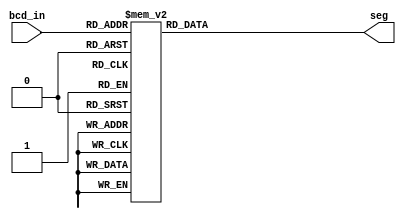
module bcdto7segment(
    input [3:0] bcd_in,
    output reg [6:0] seg
    );

    always @ (bcd_in or seg)
        case (bcd_in)
            4'b0000: seg = 7'b100_0000;
            4'b0001: seg = 7'b111_1001;
            4'b0010: seg = 7'b010_0100;
            4'b0011: seg = 7'b011_0000;
            4'b0100: seg = 7'b001_1001;
            4'b0101: seg = 7'b001_0010;
            4'b0110: seg = 7'b000_0010;
            4'b0111: seg = 7'b111_1000;
            4'b1000: seg = 7'b000_0000;
            4'b1001: seg = 7'b001_0000;
            default: seg = 7'b111_11110;
         endcase
    
endmodule